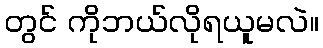
တွင် ကိုဘယ်လိုရယူမလဲ။